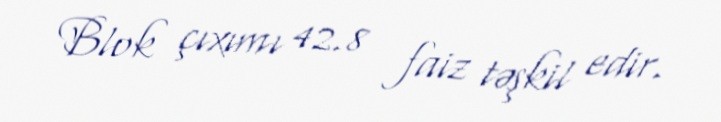
Blok çıxımı 42.8 faiz təşkil edir.